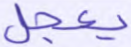
يعجل